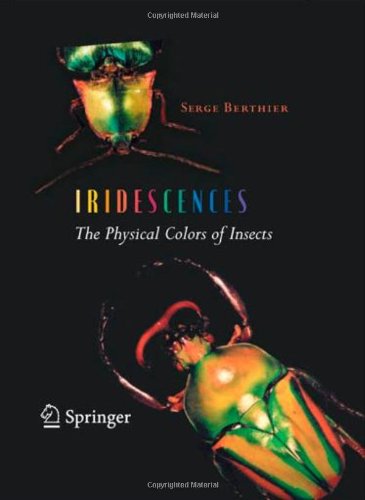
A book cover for Iridescences: The Physical Colors of Insects; Serge Berthier; Science & Math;